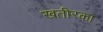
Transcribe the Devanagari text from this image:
खतीरका